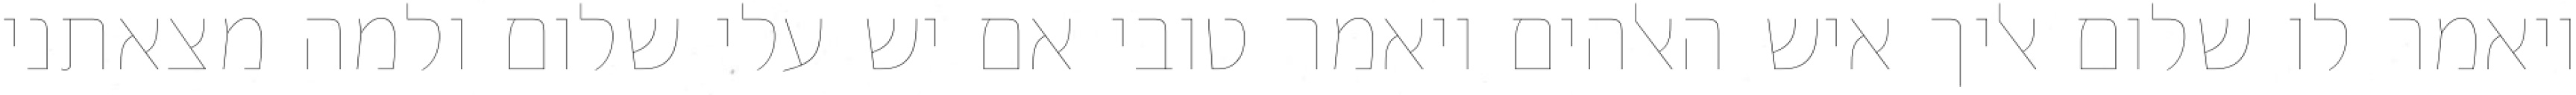
ויאמר לו שלום אליך איש האלהים ויאמר טובי אם יש עלי שלום ולמה מצאתני